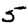
Digit: 5